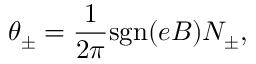
\theta _ { \pm } = \frac { 1 } { 2 \pi } \mathrm { s g n } ( e B ) N _ { \pm } ,